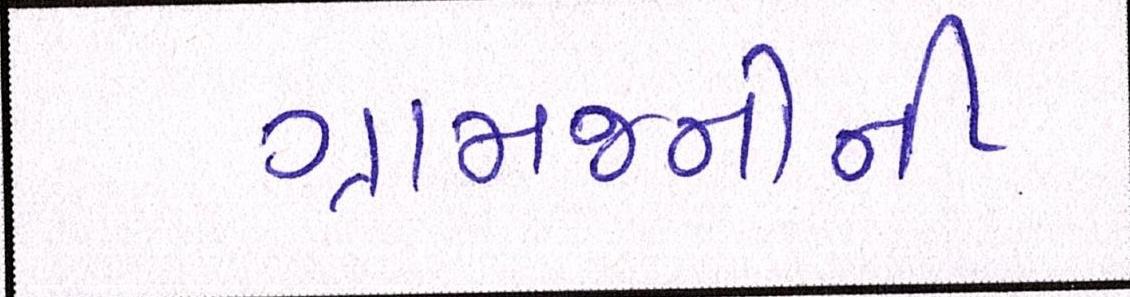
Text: ગ્રામજનોની